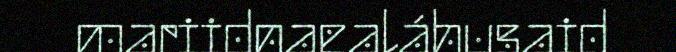
mariidnaealáhusaid